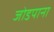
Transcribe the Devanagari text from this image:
जोडपाना